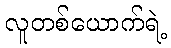
လူတစ်ယောက်ရဲ့